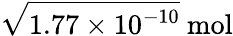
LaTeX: {\sqrt{1.77\times 10^{-10}}}\ \mathrm{mol}